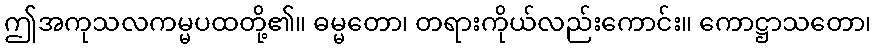
ဤအကုသလကမ္မပထတို့၏။ ဓမ္မတော၊ တရားကိုယ်လည်းကောင်း။ ကောဋ္ဌာသတော၊